Annual vaccination report of Bihar and Orissa - 1911-1928
Year: 1911
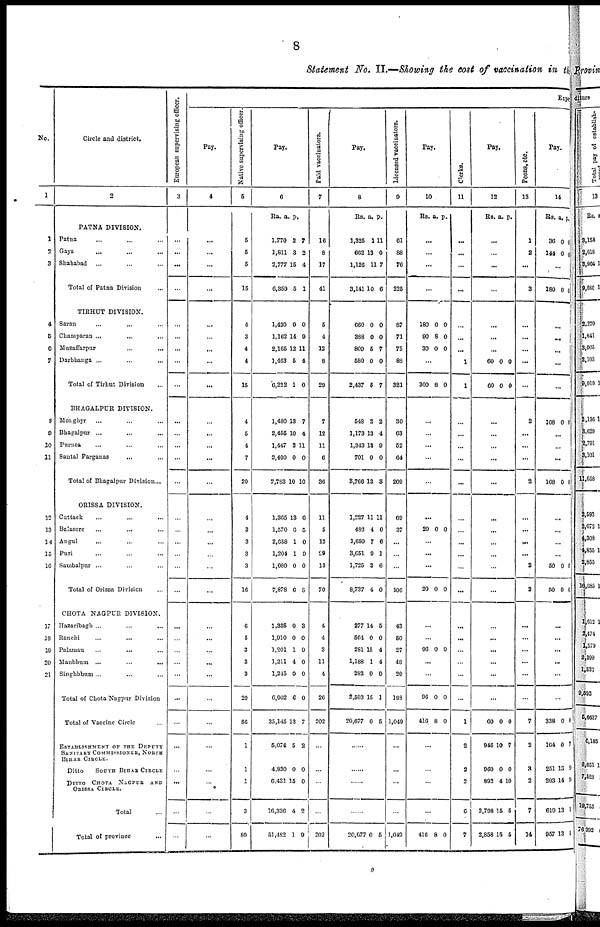
8
Statement No. II.—Showing the cost of vaccination in the
No.
1
1
2
3
4
5
6
7
8
9
10
11
12
13
14
15
16
17
18
19
20
21
Circle and district.
2
PATNA DIVISION.
Patna ... ... ...
Gaya
...
...
Shababad
... ... ...
Total of Patna Division ...
TIRHUT DIVISION.
Saran ... ... ...
Champaran ... ... ...
Muzaffarpur
...
...
Darbhanga ... ... ...
Total of Tirhut Division ...
BHAGALPUR DIVISION.
Monghyr ... ... ...
Bhagalpur ... ... ...
Purnea ... ... ...
Santal Parganas ... ...
Total of Bhagalpur Division ...
ORISSA DIVISION.
Cattack ... ... ...
Balasore ... ... ...
Angul ... ... ...
Puri ... ... ...
Sambalpur ... ... ...
Total of Orissa Division ...
CHOTA NAGPUR DIVISION.
Hazaribagh ... ... ...
Ranchi ... ... ...
Palamau
...
...
...
Manbhum
...
...
...
Singhbhum ... ... ...
Total of Chota Nagpur Division
Total of Vaccine Circle ...
ESTABLISHMENT OF THE DEPUTY
SANITARY COMMISSIONER, NORTH
BIHAR CIRCLE.
Ditto
SOUTH BIHAR CIRCLE
DITTO CHOTA NAGPUR
AND
ORISSA CIRCLE.
Total ...
Total of province
...
European supervising officer.
3
...
...
...
...
...
...
...
...
...
...
...
...
...
...
...
...
...
...
...
...
...
...
...
...
...
...
...
...
...
...
...
...
Expe
Pay.
4
...
...
...
...
...
...
...
...
...
...
...
...
...
...
...
...
...
...
...
...
...
...
...
...
...
...
...
...
...
...
...
...
Native supervising officer.
5
5
5
5
15
4
3
4
4
15
4
5
4
7
20
4
3
3
3
3
16
6
5
3
3
3
20
86
1
1
1
3
89
Pay.
6
Rs.
a. p.
1,770
1,811
2,777
6,359
2
3
15
5
7
2
4
1
1,430
1,162
2,165
1,463
6,222
0
14
12
5
1
0
9
11
4
0
1,480
2,455
1,447
2,400
7,783
13
10
2
0
10
7
4
11
0
10
1,365
1,570
2,658
1,204
1,080
7,878
13
0
1
1
0
6
6
5
0
9
0
8
1,335
1,910
1,201
1,211
1,245
6,902
35,145
5,074
4,830
6,431
16,336
51,482
0
0
1
4
0
6
13
5
0
15
4
1
3
0
9
0
0
0
7
2
0
0
2
9
Paid vaccinators.
7
16
8
17
41
5
4
12
8
29
7
12
11
6
36
11
5
12
29
13
70
4
4
3
11
4
26
202
...
...
...
...
202
Pay.
8
Rs. a. p.
1,325
662
1,126
3,141
1
13
11
10
11
0
7
6
660
388
809
580
2,437
0
0
5
0
5
0
0
7
0
7
548
1,173
1,343
701
3,766
2
13
18
0
13
2
4
9
0
3
1,227
482
1,650
3,651
1,725
8,737
11
4
7
9
3
4
11
0
6
1
6
0
277
564
281
1,188
282
2,593
20,677
14
0
15
1
0
15
0
5
0
4
4
0
1
5
...
...
...
...
20,077 0 5
Licensed vaccinators.
9
61
88
76
225
87
71
75
88
321
30
63
52
64
209
69
37
...
...
...
106
43
50
27
48
20
188
1,049
...
...
...
...
1,049
Pay.
10
Rs. a. p.
...
...
...
...
180
90
30
0
8
0
0
0
0
...
300 8 0
...
...
...
...
...
...
20 0 0
...
...
...
20 0 0
...
...
96 0 0
...
...
96
416
0
8
0
0
...
...
...
...
416 8 0
Clerks.
11
...
...
...
...
...
...
...
1
1
...
...
...
...
...
...
...
...
...
...
...
...
...
...
...
...
...
1
2
2
2
6
7
Pay.
12
Rs. a. p.
...
...
...
...
...
...
...
60
60
0
0
0
0
...
...
...
...
...
...
...
...
...
...
...
...
...
...
...
...
...
60
946
960
892
2,798
2,858
0
10
0
4
15
15
0
7
0
10
5
5
Peons, etc
13
1
2
...
3
...
...
...
...
...
2
...
...
...
2
...
...
...
...
2
2
...
...
...
...
...
...
7
2
3
2
7
14
Pay.
14
Rs. a. p.
36
144
0
0
0
1
...
180 0 0
...
...
...
...
...
108 0 0
...
...
...
108 0 0
...
...
...
...
50
50
0
0
0
0
...
...
...
...
...
...
338
164
251
203
619
957
0
0
13
14
13
13
0
7
9
9
1
1